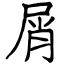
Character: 屑